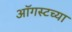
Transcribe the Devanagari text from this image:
आॅगस्टच्या